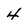
Character: 4